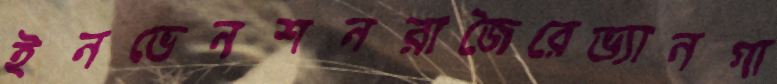
ইনভেনশনরাজৈরেভ্যানগা